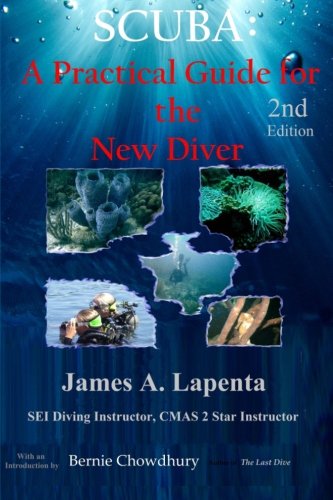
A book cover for SCUBA: A Practical Guide for the New Diver; James A Lapenta; Sports & Outdoors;